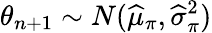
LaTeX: \theta_{n+1}\sim N({\widehat{\mu}}_{\pi},{\widehat{\sigma}}_{\pi}^{2})